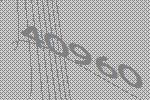
40960